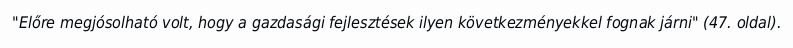
"Előre megjósolható volt, hogy a gazdasági fejlesztések ilyen következményekkel fognak járni" (47. oldal).